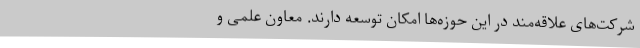
شرکت‌های علاقه‌مند در این حوزه‌ها امکان توسعه دارند. معاون علمی و